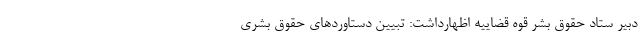
دبیر ستاد حقوق بشر قوه قضاییه اظهارداشت: تبیین دستاوردهای حقوق بشری